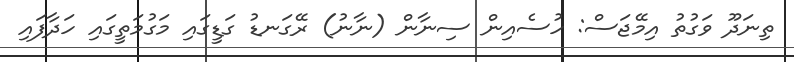
ތިނަދޫ ވަގުތު އިމޭޖަސް: ހުސެއިން ސިނާން (ނާނު) ރޭގަނޑު ގަޑީގައި މަގުމަތީގައި ހަދާފައި